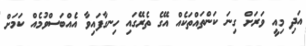
އަދި މިއީ ވަރަށް ގިނަ ކަންތައްތަކެއް އޭގެ ތެރޭގައި ހިނގާފައިވާ އެއްބަސްވުމެއް ކަމަށް